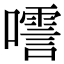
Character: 㘊